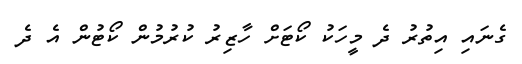
ގެނައި އިތުރު ދެ މީހަކު ކޯޓަށް ހާޒިރު ކުރުމުން ކޯޓުން އެ ދެ